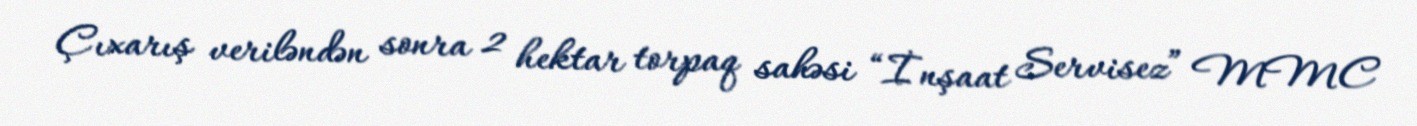
Çıxarış veriləndən sonra 2 hektar torpaq sahəsi “İnşaat Servisez” MMC